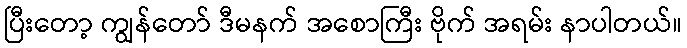
ပြီးတော့ ကျွန်တော် ဒီမနက် အစောကြီး ဗိုက် အရမ်း နာပါတယ်။